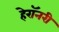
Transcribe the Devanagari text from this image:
हेरॉनरी